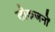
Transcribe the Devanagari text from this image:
लोकजनों